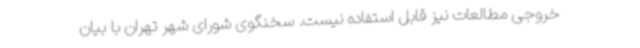
خروجی مطالعات نیز قابل استفاده نیست. سخنگوی شورای شهر تهران با بیان